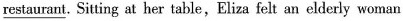
\underline{restaurant}. Sitting at her table,Eliza felt an elderly woman